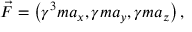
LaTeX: { \vec { F } } = \left( \gamma ^ { 3 } m a _ { x } , \gamma m a _ { y } , \gamma m a _ { z } \right) ,